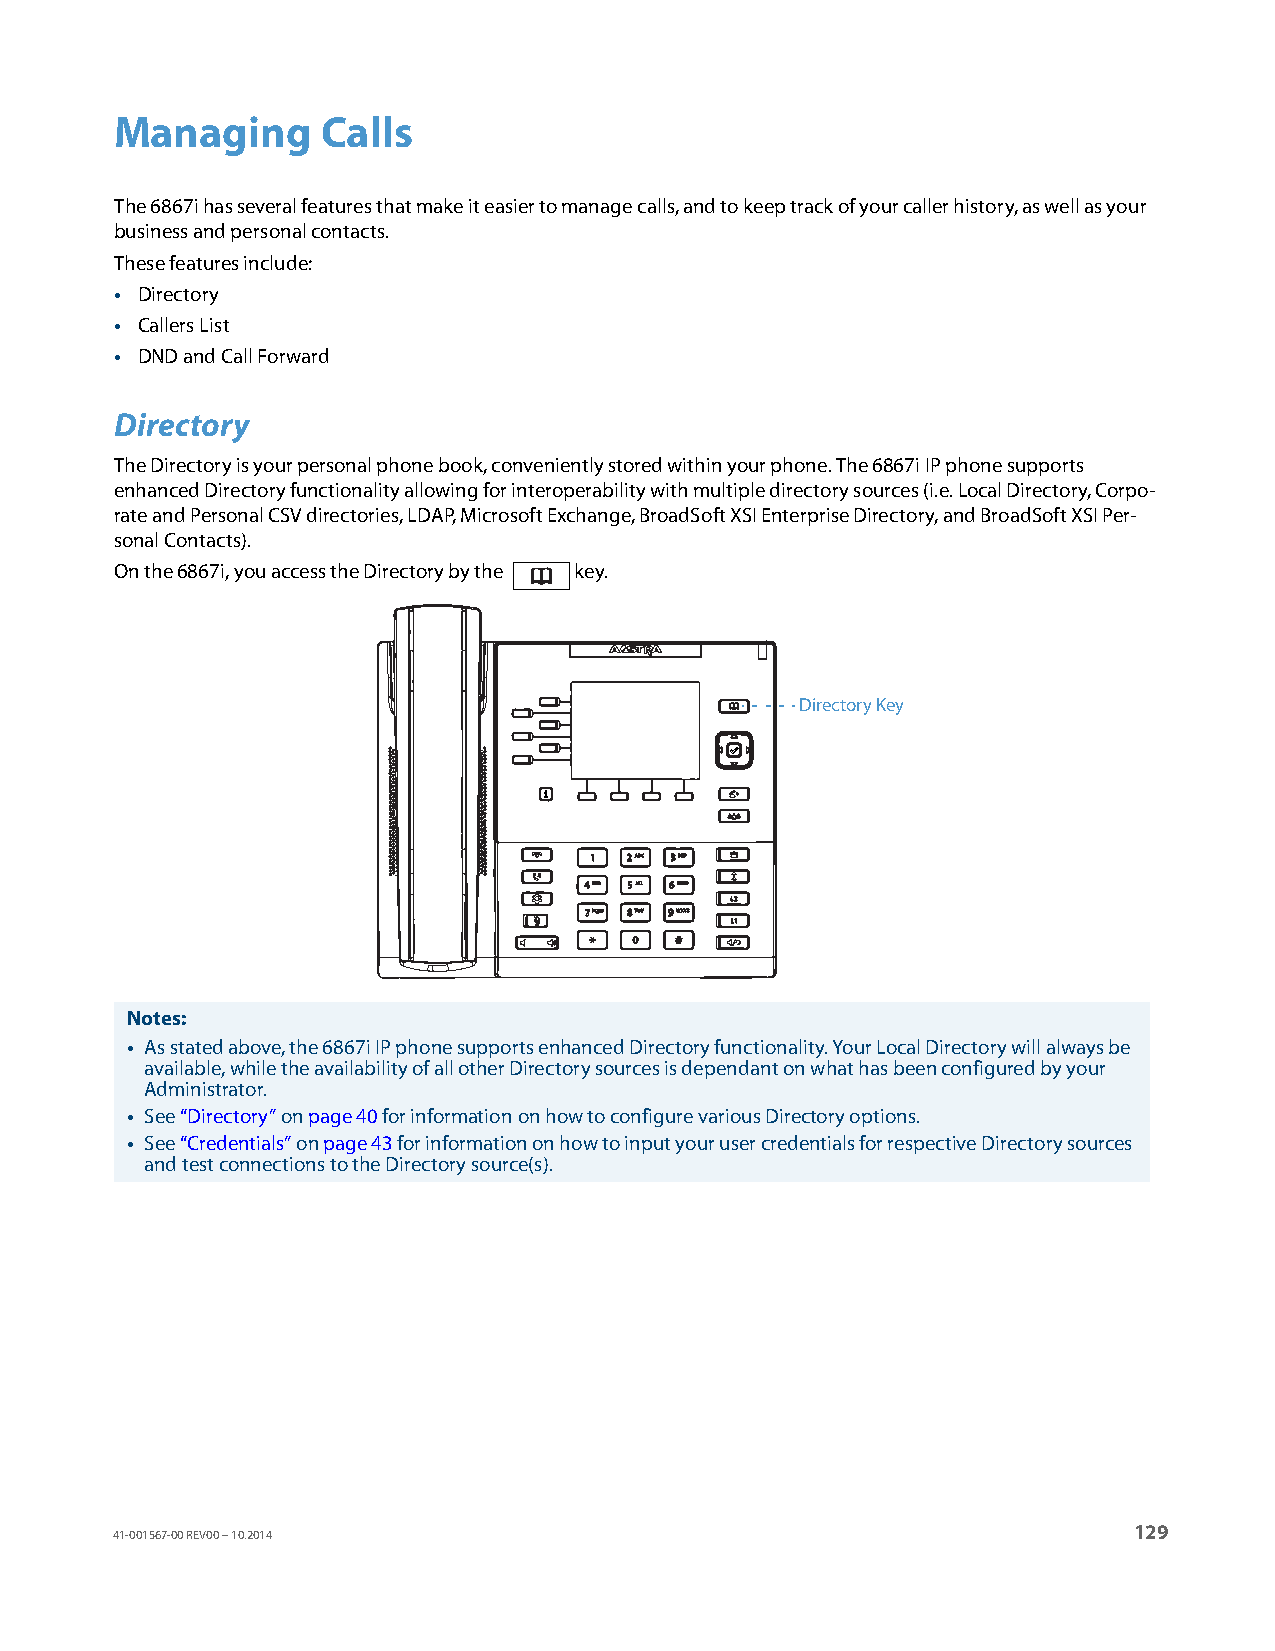
Managing     Calls
 The 6867i has several features that make it easier to manage calls, and to keep track of your caller history, as well as your
 business and personal contacts.
 These features include:
 • Directory
 • Callers List
 • DND and Call Forward
 Directory
 The Directory is your personal phone book, conveniently stored within your phone. The 6867i IP phone supports
 enhanced Directory functionality allowing for interoperability with multiple directory sources (i.e. Local Directory, Corpo-
 rate and Personal CSV directories, LDAP, Microsoft Exchange, BroadSoft XSI Enterprise Directory, and BroadSoft XSI Per-
 sonal Contacts).
 On the 6867i, you access the Directory by the key.
 Directory Key
 Notes:
 • As stated above, the 6867i IP phone supports enhanced Directory functionality. Your Local Directory will always be
 available, while the availability of all other Directory sources is dependant on what has been configured by your
 Administrator.
 • See “Directory” on page 40 for information on how to configure various Directory options.
 • See “Credentials” on page 43 for information on how to input your user credentials for respective Directory sources
 and test connections to the Directory source(s).
 129
 41-001567-00 REV00 – 10.2014